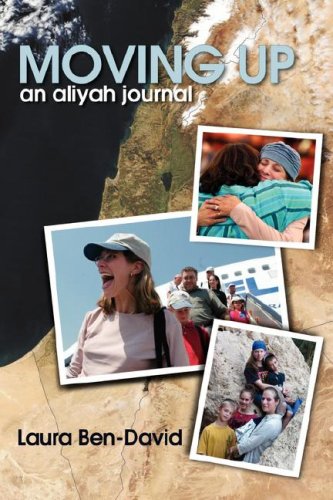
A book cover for Moving Up: An Aliyah Journal; Laura Ben-David; Travel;